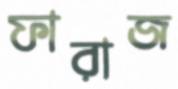
ফারাজ